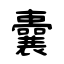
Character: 囊